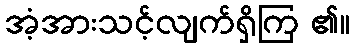
အံ့အားသင့်လျက်ရှိကြ ၏။